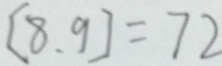
[ 8 , 9 ] = 7 2